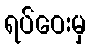
ရပ်ဝေးမှ